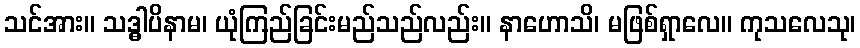
သင်အား။ သဒ္ဓါပိနာမ၊ ယုံကြည်ခြင်းမည်သည်လည်း။ နာဟောသိ၊ မဖြစ်ရှာလေ။ ကုသလေသု၊